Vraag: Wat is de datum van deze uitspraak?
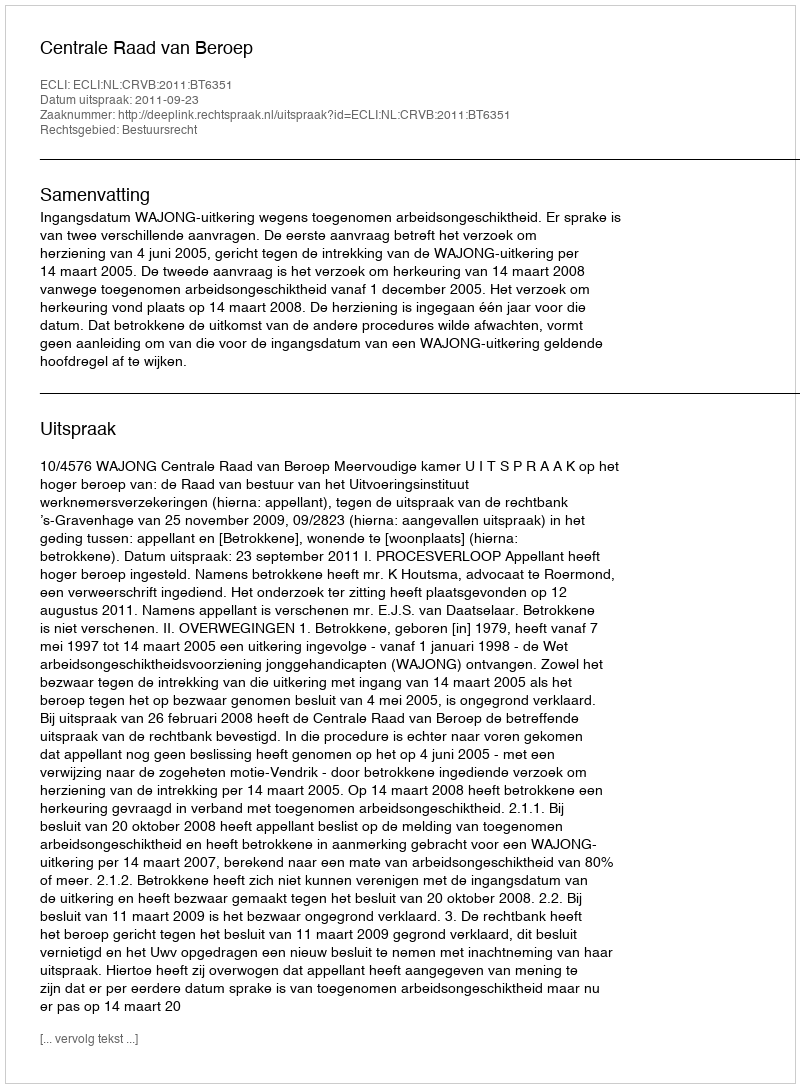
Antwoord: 2011-09-23